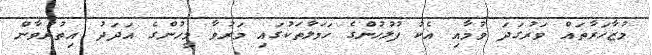
މުޒާހަރާތައް ވަރުގަދަ ވުމާއި އެކު ފުލުހުންގެ ހަމަލާތަކުގައި މަރުވާ މީހުންގެ އަދަދު އިތުރުވާން